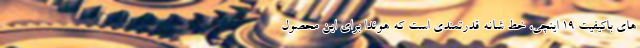
های باکیفیت 19 اینچی، خط شانه قدرتمندی است که هوندا برای این محصول